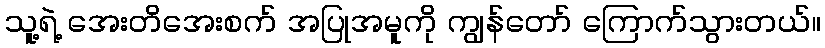
သူ့ရဲ့ အေးတိအေးစက် အပြုအမူကို ကျွန်တော် ကြောက်သွားတယ်။